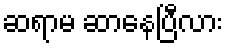
ဆရာမ ဆာနေပြီလား